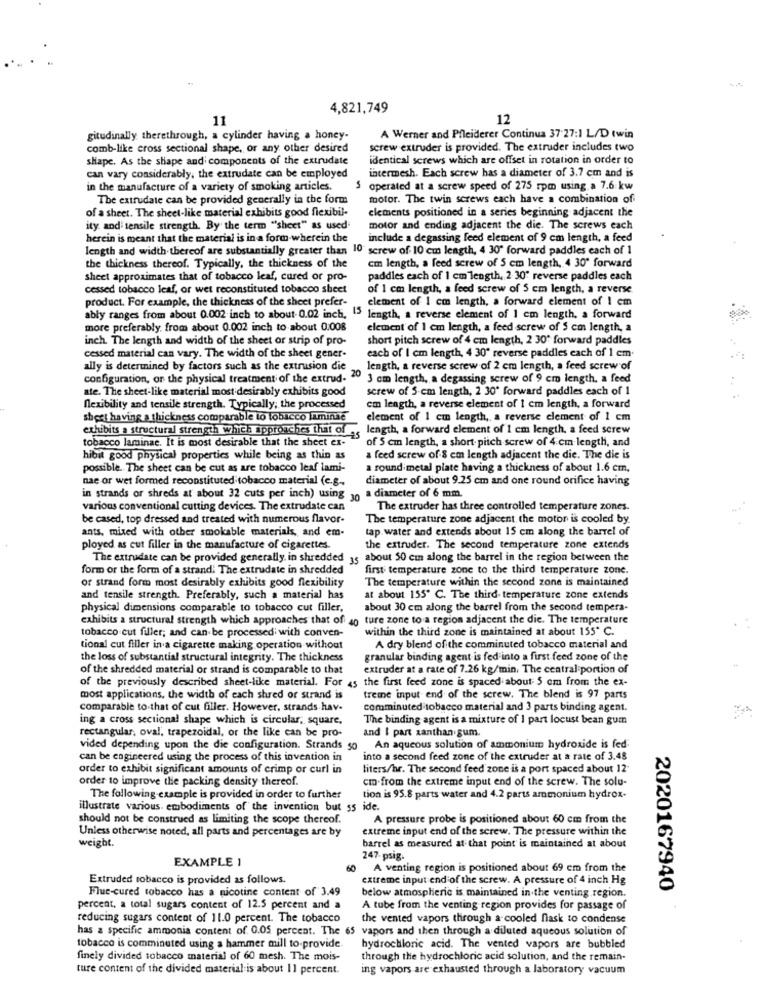
4,821,749
11
12
gitudinally therethrough, a cylinder having a honey-
A Werner and Pfleiderer Continua 37 27:1 L/D twin
comb-like cross sectional shape, or any other desired
screw extruder is provided. The extruder includes two
shape. As the shape and components of the extrudate
identical screws which are offset in rotation in order to
intermesh. Each screw has a diameter of 3.7 em and is
can vary considerably, the extrudate can be employed
in the manufacture of a variety of smoking articles.
5
operated at a screw speed of 275 rpm using a 7.6 kw
The extrudate can be provided generally in the form
motor. The twin screws each have a combination of
of a sheet. The sheet-like material exhibits good flexibil-
elements positioned in a series beginning adjacent the
ity and tensile strength. By the term "sheet" as used-
motor and ending adjacent the die. The screws each
herein is meant that the material is in a form-wherein the
include a degassing feed element of 9 cm length, a feed
length and width thereof are substantially greater than 10 screw of 10 cm length, 4 30" forward paddles each of 1
the thickness thereof. Typically, the thickness of the
cm length, a feed screw of 5 cm length, 4 30" forward
sheet approximates that of tobacco leaf, cured or pro-
paddles each of 1 cm length, 2 30" reverse paddles each
cessed tobacco leaf, or wet reconstituted tobacco sheet
of 1 cm length, a feed screw of 5 cm length, a reverse
product. For example, the thickness of the sheet prefer-
element of 1 cm length, a forward element of 1 cm
ably ranges from about 0.002 inch to about 0.02 inch, 15 length, a reverse element of 1 cm length, a forward
more preferably, from about 0.002 inch to about 0.008
element of 1 cm length, a feed screw of 5 cm length, a
inch. The length and width of the sheet or strip of pro-
short pitch screw of 4 cm length, 2 30' forward paddles
each of I cm length, 4 30" reverse paddles each of 1 cm.
cessed material can vary. The width of the sheet gener-
ally is determined by factors such as the extrusion die.
length, a reverse screw of 2 cm length, a feed screw of
configuration, on the physical treatment of the extrud- " 3 cm length, a degassing screw of 9 cm length. a feed
ate. The sheet-like material most desirably exhibits good
screw of 5-cm length, 2 30' forward paddles each of 1
flexibility and tensile strength. Typically; the processed
cm length, a reverse element of 1 cm length, a forward
sheet having a thickness comparable to tobacco laminne
element of 1 cm length ,, a reverse element of 1 cm
exhibits a structural strength which approaches that of es
length, a forward element of 1 cm length, a feed screw
tobacco laminae. It is most desirable that the sheet ex-
of 5 cm length, a short pitch screw of 4:cm length, and
hibit good physical properties while being as thin as
a feed screw of 8 cm length adjacent the die. The die is
possible. The sheet can be cut as are tobacco leaf lami-
a round metal plate having a thickness of about 1.6 cm.
nae or wet formed reconstituted tobacco material (e.g.
diameter of about 9.25 cm and one round orifice having
in strands or shreds at about 32 cuts per inch) using 30 a diameter of 6 mm
various conventional cutting devices. The extrudate can
The extruder has three controlled temperature zones.
be cased, top dressed and treated with numerous flavor-
The temperature zone adjacent the motor is cooled by.
ants, mixed with other smokable materials, and em-
tap water and extends about 15 cm along the barrel of
ployed as cut filler in the manufacture of cigarettes.
the extruder. The second temperature zone extends
The extrudate can be provided generally in shredded 35 about 50 cm along the barrel in the region between the
form or the form of a strand: The extrudate in shredded
first temperature zone to the third temperature zone.
of strand form most desirably exhibits good flexibility
The temperature within the second zone is maintained
and tensile strength. Preferably, such a material has
at about 155' C. The third- temperature zone extends
physical dimensions comparable to tobacco cut filler,
about 30 cm along the barrel from the second tempera-
exhibits a structural strength which approaches that of 40 ture zone to a region adjacent the die. The temperature
within the third zone is maintained at about 155º C.
tobacco cut filler; and can be processed; with conven-
tional cut filler in a cigarette making operation without
A dry blend of the comminuted tobacco material and
the loss of substantial structural integrity. The thickness
granular binding agent is fed into a first feed zone of the
of the shredded material or strand is comparable to that
extruder at a rate of 7.26 kg/min. The central portion of
of the previously described sheet-like material. For 45 the first feed zone is spaced about 5 em from the ex-
most applications, the width of each shred or strand is
treme input end of the screw. The blend is 97 parts
comparable to that of cut filler. However, strands hav-
comminuted tobacco material and 3 parts binding agent.
ing a cross sectional shape which is circular, square,
The binding agent is a mixture of I part locust bean guin
and I part xanthan gum.
rectangular, oval, trapezoidal, or the like can be pro-
vided depending upon the die configuration. Strands 50
An aqueous solution of ammonium hydroxide is fed
can be engineered using the process of this invention in
into a second feed zone of the extruder at a rate of 3.48
order to exhibit significant amounts of crimp or curl in
liters/br. The second feed zone is a port spaced about 12
order to improve the packing density thereof.
cm.from the extreme input end of the screw. The solu-
The following example is provided in order to further
tion is 95.8 parts water and 4.2 parts ammonium hydrox.
illustrate various. embodiments of the invention but ss ide.
should not be construed as limiting the scope thereof.
A pressure probe is positioned about 60 cm from the
extreme input end of the screw. The pressure within the
weight.
Unless otherwise noted, all parts and percentages are by
barrel as measured at that point is maintained at about
EXAMPLE 1
247- psig.
A venting region is positioned about 69 cm from the
Extruded tobacco is provided as follows.
extreme input end of the screw. A pressure of 4 inch Hg
Flue-cured tobacco has a nicotine content of 3.49
2020167940
below atmospheric is maintained in the venting region.
percent, a total sugars content of 12.5 percent and a
A tube from the venting region provides for passage of
reducing sugars content of 11.0 percent. The tobacco
the vented vapors through a cooled flask to condense
has a specific ammonia content of 0.05 percent. The 65 vapors and then through a diluted aqueous solution of
tobacco is comminuted using a hammer mill to provide
hydrochloric acid. The vented vapors are bubbled
finely divided tobacco material of 60 mesh. The mois-
through the hydrochloric acid solution, and the remain-
ture content of the divided material is about 11 percent.
ing vapors are exhausted through a laboratory vacuum